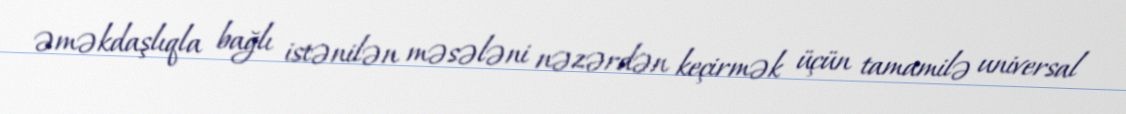
əməkdaşlıqla bağlı istənilən məsələni nəzərdən keçirmək üçün tamamilə universal